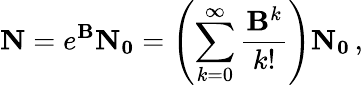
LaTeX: \mathbf{N}=e^{\mathbf{B}}\mathbf{N_{0}}=\left(\sum_{k=0}^{\infty}\frac{\mathbf{B}^{k}}{k!}\right)\mathbf{N_{0}}\, ,